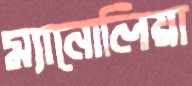
ম্যানোলিয়া